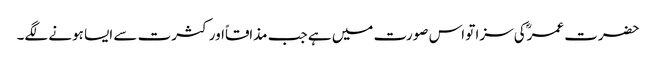
حضرت عمرؓکی سزا تو اس صورت میں ہے جب مذاقاًاور کثرت سے ایسا ہونے لگے۔